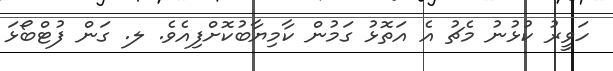
ހަވީރު ކުޅުނު މެޗު އެ އަތޮޅު ގަމުން ކާމިޔާބުކޮށްފިއެވެ. ލ. ގަން ފުޓްބޯޅަ